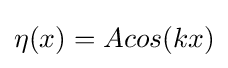
\eta (x)=Acos(kx)